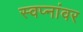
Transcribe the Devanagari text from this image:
स्वप्नांवर